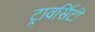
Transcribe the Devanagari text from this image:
ट्रावर्सिटी